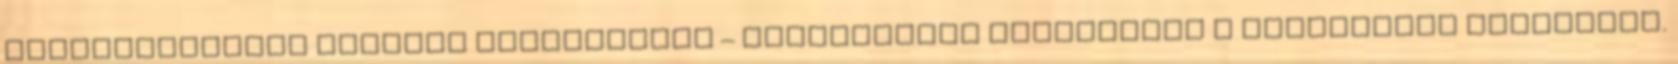
szállóvendégek számára fenntartott – partszakasz biztosítja a zavartalan fürdőzést.